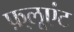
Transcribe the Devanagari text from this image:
फ़्लूएंट